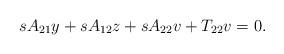
LaTeX: \begin{align*}sA_{21}y+sA_{12}z+sA_{22}v+T_{22}v=0.\end{align*}